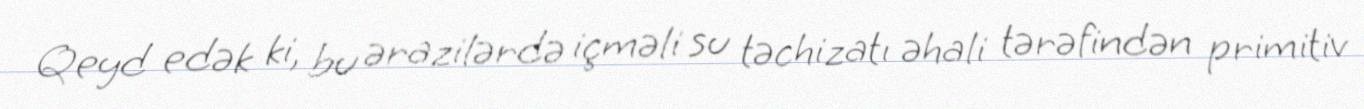
Qeyd edək ki, bu ərazilərdə içməli su təchizatı əhali tərəfindən primitiv